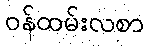
ဝန်ထမ်းလစာ